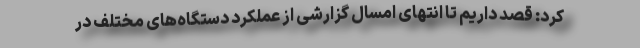
کرد: قصد داریم تا انتهای امسال گزارشی از عملکرد دستگاه‌های مختلف در